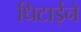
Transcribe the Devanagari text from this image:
धिटाईने